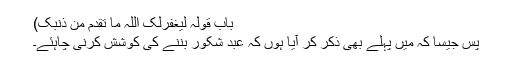
باب قولہ لیغفرلک اللہ ما تقدم من ذنبک)
پس جیسا کہ میں پہلے بھی ذکر کر آیا ہوں کہ عبد شکور بننے کی کوشش کرنی چاہئے۔